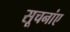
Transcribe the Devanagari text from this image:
सूचनांए